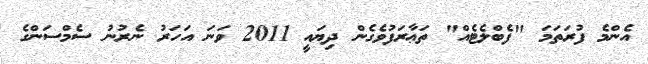
އެންމެ ފުރަތަމަ "ފެބްލެޓެއް" ތަޢާރަފުވެގެން ދިޔައީ 2011 ވަނަ އަހަރު ނެރުނު ސެމްސަންގެ